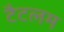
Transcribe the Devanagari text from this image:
टैटलम